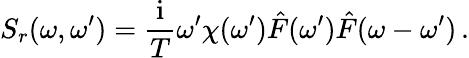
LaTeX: S_{r}(\omega,\omega^{\prime})=\frac{\mathrm{i}}{T}\omega^{\prime}\chi(\omega^{\prime})\hat{F}(\omega^{\prime})\hat{F}(\omega-\omega^{\prime})\, .